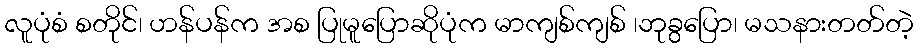
လူပုံစံ စတိုင်၊ ဟန်ပန်က အစ ပြုမူပြောဆိုပုံက မာကျစ်ကျစ် ၊ဘုခွပြော၊ မသနားတတ်တဲ့